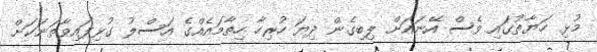
މުޅި ހަޔާތުގައި ވެސް އޭނައަށް ލިބިގެން ދިޔަ ހުރިހާ ހިތާމައެއްގެ އަސްލު ގުޅިފައިވާތަނަކަށް